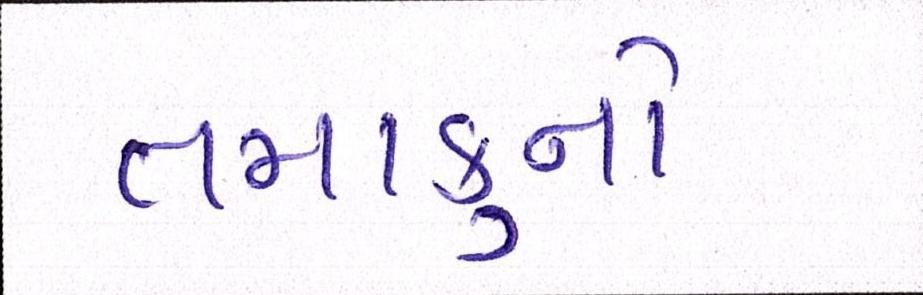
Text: તમાકુનો